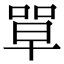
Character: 𭈼